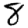
Digit: 8